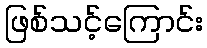
ဖြစ်သင့်ကြောင်း